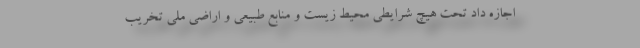
اجازه داد تحت هیچ شرایطی محیط زیست و منابع طبیعی و اراضی ملی تخریب